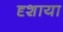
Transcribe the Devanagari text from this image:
दृशाया